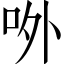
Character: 𠰻